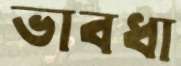
ভাবধা